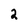
Character: 2